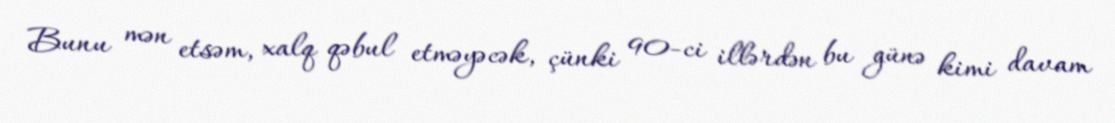
Bunu mən etsəm, xalq qəbul etməyəcək, çünki 90-ci illərdən bu günə kimi davam